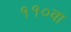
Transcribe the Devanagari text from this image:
११०वा